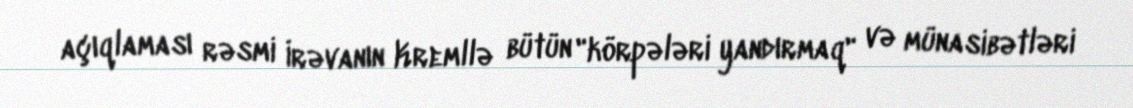
açıqlaması rəsmi İrəvanın Kremllə bütün "körpələri yandırmaq" və münasibətləri